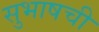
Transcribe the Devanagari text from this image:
सुभाषची